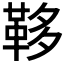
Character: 𩊥